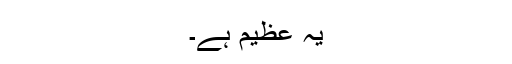
یہ عظیم ہے۔